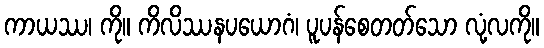
ကာယဿ၊ ကို။ ကိလိဿနပယောဂံ၊ ပူပန်စေတတ်သော လုံ့လကို။